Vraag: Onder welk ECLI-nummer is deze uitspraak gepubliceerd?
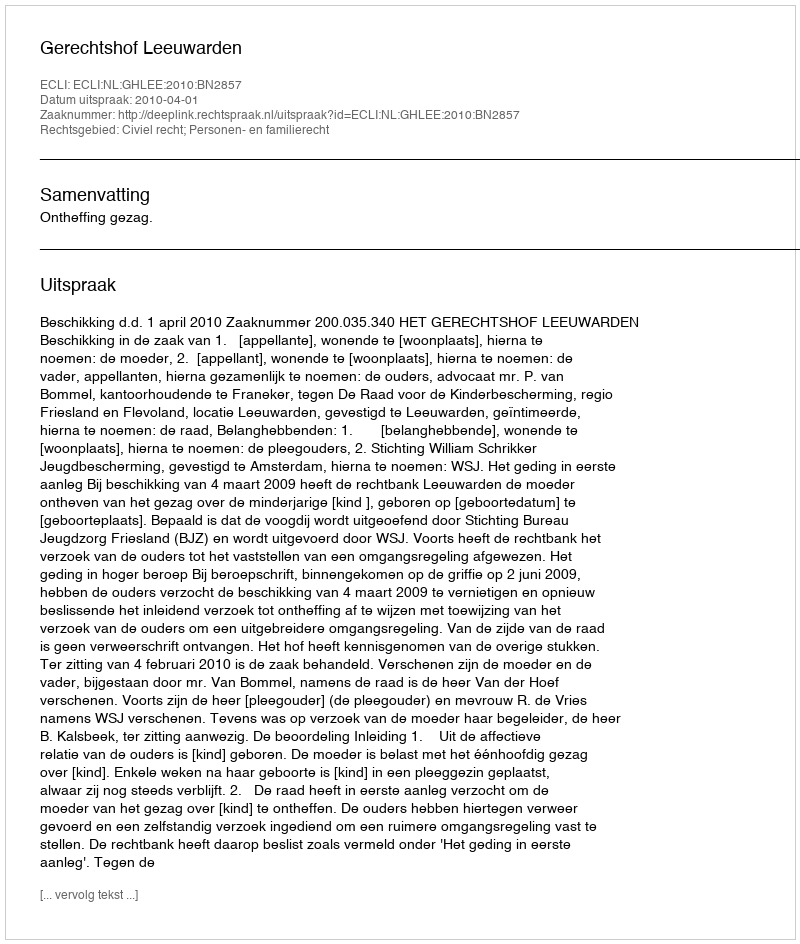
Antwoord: ECLI:NL:GHLEE:2010:BN2857